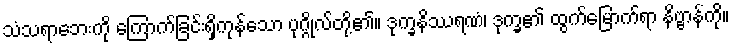
သံသရာဘေးကို ကြောက်ခြင်းရှိကုန်သော ပုဂ္ဂိုလ်တို့၏။ ဒုက္ခနိဿရဏံ၊ ဒုက္ခ၏ ထွက်မြောက်ရာ နိဗ္ဗာန်ကို။